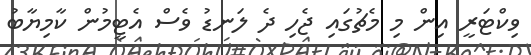
ވިކްޓަރީ އިން މި މެޗުގައި ޖެހި ދެ ލަނޑު ވެސް އެޓީމުން ކާމިޔާބު